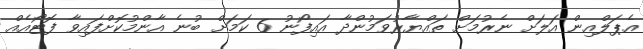
އެޕަލްއިން އަލަށް ނެރުމަށް ތައްޔާރުވަމުންދާ އައިފޯނު 6 ކަމަށް ބުނެ އާންމުކޮށްފައިވާ ފޮޓޯއެއް